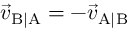
{ \vec { v } } _ { \mathrm { B | A } } = - { \vec { v } } _ { \mathrm { A | B } }